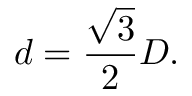
d = { \frac { \sqrt { 3 } } { 2 } } D .